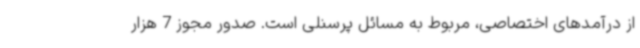
از درآمدهای اختصاصی، مربوط به مسائل پرسنلی است. صدور مجوز 7 هزار